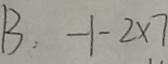
B : - 1 - 2 \times 7